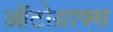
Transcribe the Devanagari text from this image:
ऑटोग्राफ्स